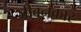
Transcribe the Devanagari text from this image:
जीवनकार